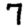
Digit: 7